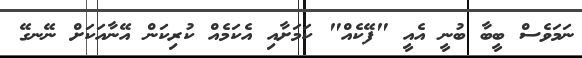
ނަމަވެސް ބީބާ ބުނީ އެއީ "ފޭކެއް" ކަމަށާއި އެކަމެއް ކުރިކަން އޭނާއަކަށް ނޭނގޭ